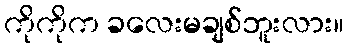
ကိုကိုက ခလေးမချစ်ဘူးလား။